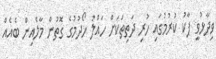
ވިދާޅުވީ ޕާކު ކުރުމުގައި ހުރި ދަތިތަކަށް ހައްލު ހޯދުމުގެ ގޮތުން މާލެއިން ބެއެއް